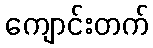
ကျောင်းတက်